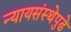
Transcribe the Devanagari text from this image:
न्यायसंस्थेपुढे